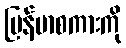
မြန်မာစကားကို